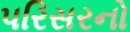
પરિસરનો